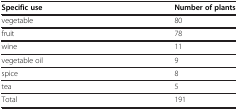
<table><thead><tr><td><b>Specific use</b></td><td><b>Number of plants</b></td></tr></thead><tbody><tr><td>vegetable</td><td>80</td></tr><tr><td>fruit</td><td>78</td></tr><tr><td>wine</td><td>11</td></tr><tr><td>vegetable oil</td><td>9</td></tr><tr><td>spice</td><td>8</td></tr><tr><td>tea</td><td>5</td></tr><tr><td>Total</td><td>191</td></tr></tbody></table>